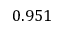
0 . 9 5 1